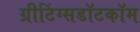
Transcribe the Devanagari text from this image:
ग्रीटिंग्सडॉटकॉम